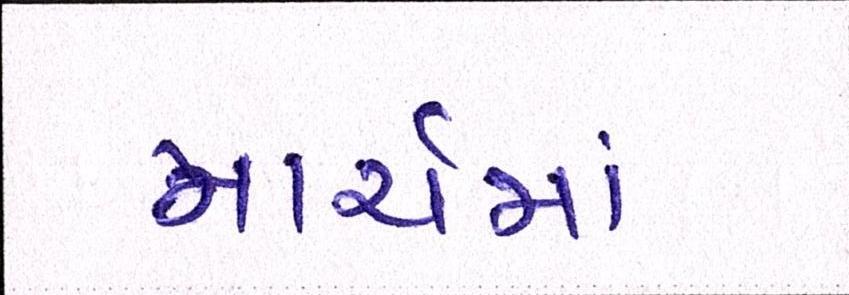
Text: માર્ચમાં